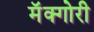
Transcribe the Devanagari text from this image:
मॅक्गोरी